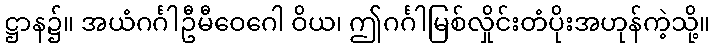
ဋ္ဌာန၌။ အယံဂင်္ဂါဦမီဝေဂေါ ဝိယ၊ ဤဂင်္ဂါမြစ်လှိုင်းတံပိုးအဟုန်ကဲ့သို့။